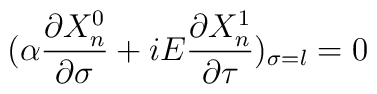
(\alpha \frac{\partial X_{n}^{0}}{\partial\sigma}+iE\frac{\partial X_{n}^{1}}{\partial \tau})_{\sigma=l}=0